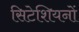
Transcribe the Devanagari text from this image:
सिटेशियनों